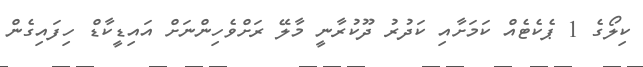
ކިލޯގެ 1 ޕެކެޓެއް ކަމަށާއި ކަދުރު ދޫކުރާނީ މާލޭ ރަށްވެހިންނަށް އައިޑީކާޑް ހިފައިގެން